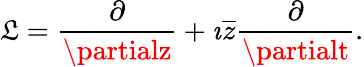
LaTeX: \mathfrak{L}={\frac{{\partial}}{{\partialz}}}+\imath{\overline{{{z}}}}{\frac{{\partial}}{{\partialt}}}.